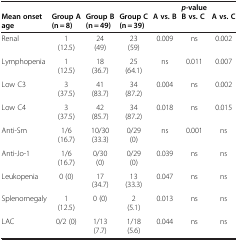
<table><thead><tr><td><b> </b></td><td><b> </b></td><td><b> </b></td><td><b> </b></td><td><b> </b></td><td><b><i>p</i>-value</b></td><td><b> </b></td></tr><tr><td><b>Mean onset age</b></td><td><b>Group A (n = 8)</b></td><td><b>Group B(n = 49)</b></td><td><b>Group C(n = 39)</b></td><td><b>A vs. B</b></td><td><b>B vs. C</b></td><td><b>A vs. C</b></td></tr></thead><tbody><tr><td>Renal</td><td>1 (12.5)</td><td>24 (49)</td><td>23 (59)</td><td>0.009</td><td>ns</td><td>0.002</td></tr><tr><td>Lymphopenia</td><td>1 (12.5)</td><td>18 (36.7)</td><td>25 (64.1)</td><td>ns</td><td>0.011</td><td>0.007</td></tr><tr><td>Low C3</td><td>3 (37.5)</td><td>41 (83.7)</td><td>34 (87.2)</td><td>0.004</td><td>ns</td><td>0.002</td></tr><tr><td>Low C4</td><td>3 (37.5)</td><td>42 (85.7)</td><td>34 (87.2)</td><td>0.018</td><td>ns</td><td>0.015</td></tr><tr><td>Anti-Sm</td><td>1/6 (16.7)</td><td>10/30 (33.3)</td><td>0/29 (0)</td><td>ns</td><td>0.001</td><td>ns</td></tr><tr><td>Anti-Jo-1</td><td>1/6 (16.7)</td><td>0/30 (0)</td><td>0/29 (0)</td><td>0.039</td><td>ns</td><td>ns</td></tr><tr><td>Leukopenia</td><td>0 (0)</td><td>17 (34.7)</td><td>13 (33.3)</td><td>0.047</td><td>ns</td><td>ns</td></tr><tr><td>Splenomegaly</td><td>1 (12.5)</td><td>0 (0)</td><td>2 (5.1)</td><td>0.013</td><td>ns</td><td>ns</td></tr><tr><td>LAC</td><td>0/2 (0)</td><td>1/13 (7.7)</td><td>1/18 (5.6)</td><td>0.044</td><td>ns</td><td>ns</td></tr></tbody></table>